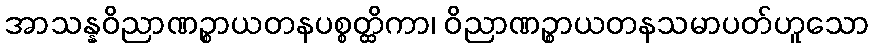
အာသန္နဝိညာဏဉ္စာယတနပစ္စတ္ထိကာ၊ ဝိညာဏဉ္စာယတနသမာပတ်ဟူသော